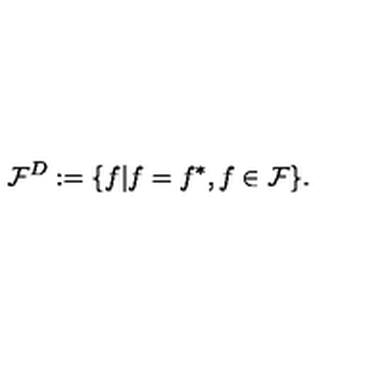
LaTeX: { \cal F } ^ { D } : = \{ f | f = f ^ { * } , f \in { \cal F } \} .